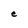
Character: e